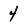
Character: 4